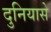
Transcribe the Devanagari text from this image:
दुनियासे